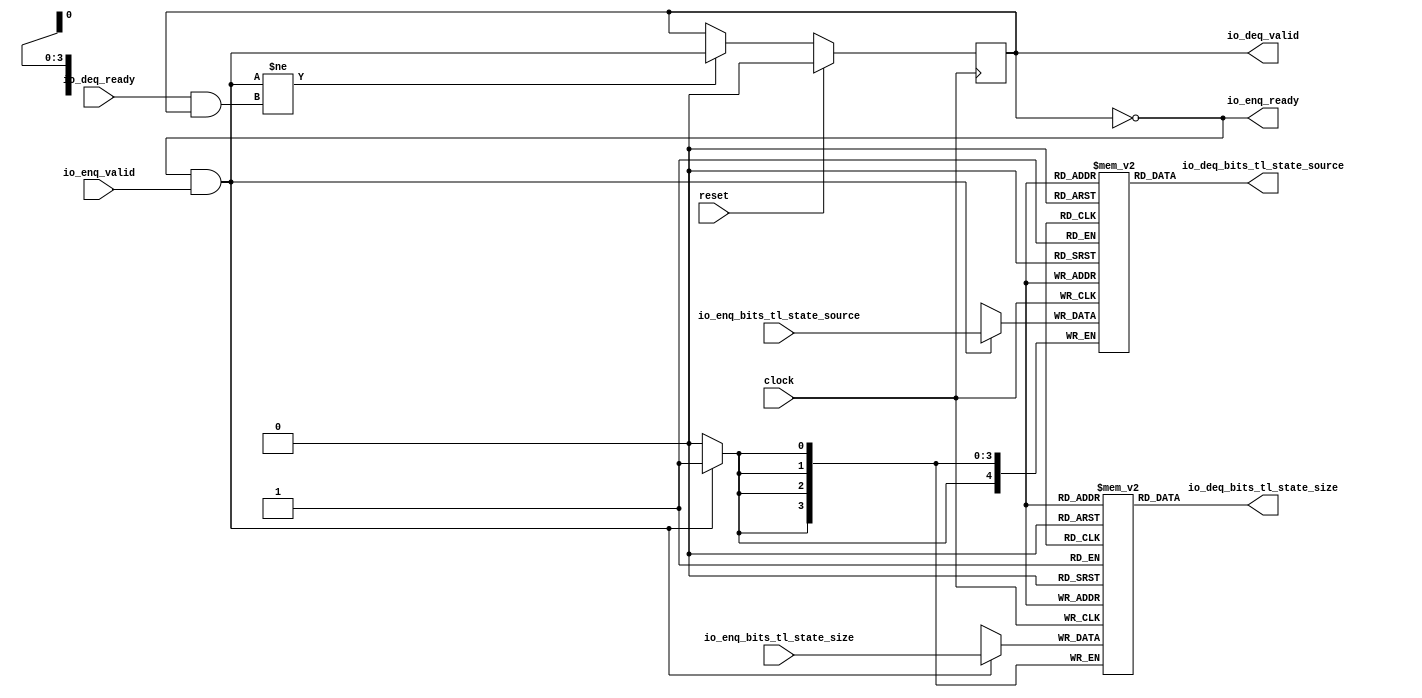
module QueueCompatibility(
  input        clock,
  input        reset,
  output       io_enq_ready,
  input        io_enq_valid,
  input  [3:0] io_enq_bits_tl_state_size,
  input  [4:0] io_enq_bits_tl_state_source,
  input        io_deq_ready,
  output       io_deq_valid,
  output [3:0] io_deq_bits_tl_state_size,
  output [4:0] io_deq_bits_tl_state_source
);
`ifdef RANDOMIZE_MEM_INIT
  reg [31:0] _RAND_0;
  reg [31:0] _RAND_1;
`endif // RANDOMIZE_MEM_INIT
`ifdef RANDOMIZE_REG_INIT
  reg [31:0] _RAND_2;
`endif // RANDOMIZE_REG_INIT
  reg [3:0] ram_tl_state_size [0:0]; // @[Decoupled.scala 259:95]
  wire  ram_tl_state_size_io_deq_bits_MPORT_en; // @[Decoupled.scala 259:95]
  wire  ram_tl_state_size_io_deq_bits_MPORT_addr; // @[Decoupled.scala 259:95]
  wire [3:0] ram_tl_state_size_io_deq_bits_MPORT_data; // @[Decoupled.scala 259:95]
  wire [3:0] ram_tl_state_size_MPORT_data; // @[Decoupled.scala 259:95]
  wire  ram_tl_state_size_MPORT_addr; // @[Decoupled.scala 259:95]
  wire  ram_tl_state_size_MPORT_mask; // @[Decoupled.scala 259:95]
  wire  ram_tl_state_size_MPORT_en; // @[Decoupled.scala 259:95]
  reg [4:0] ram_tl_state_source [0:0]; // @[Decoupled.scala 259:95]
  wire  ram_tl_state_source_io_deq_bits_MPORT_en; // @[Decoupled.scala 259:95]
  wire  ram_tl_state_source_io_deq_bits_MPORT_addr; // @[Decoupled.scala 259:95]
  wire [4:0] ram_tl_state_source_io_deq_bits_MPORT_data; // @[Decoupled.scala 259:95]
  wire [4:0] ram_tl_state_source_MPORT_data; // @[Decoupled.scala 259:95]
  wire  ram_tl_state_source_MPORT_addr; // @[Decoupled.scala 259:95]
  wire  ram_tl_state_source_MPORT_mask; // @[Decoupled.scala 259:95]
  wire  ram_tl_state_source_MPORT_en; // @[Decoupled.scala 259:95]
  reg  maybe_full; // @[Decoupled.scala 262:27]
  wire  empty = ~maybe_full; // @[Decoupled.scala 264:28]
  wire  do_enq = io_enq_ready & io_enq_valid; // @[Decoupled.scala 50:35]
  wire  do_deq = io_deq_ready & io_deq_valid; // @[Decoupled.scala 50:35]
  assign ram_tl_state_size_io_deq_bits_MPORT_en = 1'h1;
  assign ram_tl_state_size_io_deq_bits_MPORT_addr = 1'h0;
  assign ram_tl_state_size_io_deq_bits_MPORT_data = ram_tl_state_size[ram_tl_state_size_io_deq_bits_MPORT_addr]; // @[Decoupled.scala 259:95]
  assign ram_tl_state_size_MPORT_data = io_enq_bits_tl_state_size;
  assign ram_tl_state_size_MPORT_addr = 1'h0;
  assign ram_tl_state_size_MPORT_mask = 1'h1;
  assign ram_tl_state_size_MPORT_en = io_enq_ready & io_enq_valid;
  assign ram_tl_state_source_io_deq_bits_MPORT_en = 1'h1;
  assign ram_tl_state_source_io_deq_bits_MPORT_addr = 1'h0;
  assign ram_tl_state_source_io_deq_bits_MPORT_data = ram_tl_state_source[ram_tl_state_source_io_deq_bits_MPORT_addr]; // @[Decoupled.scala 259:95]
  assign ram_tl_state_source_MPORT_data = io_enq_bits_tl_state_source;
  assign ram_tl_state_source_MPORT_addr = 1'h0;
  assign ram_tl_state_source_MPORT_mask = 1'h1;
  assign ram_tl_state_source_MPORT_en = io_enq_ready & io_enq_valid;
  assign io_enq_ready = ~maybe_full; // @[Decoupled.scala 289:19]
  assign io_deq_valid = ~empty; // @[Decoupled.scala 288:19]
  assign io_deq_bits_tl_state_size = ram_tl_state_size_io_deq_bits_MPORT_data; // @[Decoupled.scala 296:17]
  assign io_deq_bits_tl_state_source = ram_tl_state_source_io_deq_bits_MPORT_data; // @[Decoupled.scala 296:17]
  always @(posedge clock) begin
    if (ram_tl_state_size_MPORT_en & ram_tl_state_size_MPORT_mask) begin
      ram_tl_state_size[ram_tl_state_size_MPORT_addr] <= ram_tl_state_size_MPORT_data; // @[Decoupled.scala 259:95]
    end
    if (ram_tl_state_source_MPORT_en & ram_tl_state_source_MPORT_mask) begin
      ram_tl_state_source[ram_tl_state_source_MPORT_addr] <= ram_tl_state_source_MPORT_data; // @[Decoupled.scala 259:95]
    end
    if (reset) begin // @[Decoupled.scala 262:27]
      maybe_full <= 1'h0; // @[Decoupled.scala 262:27]
    end else if (do_enq != do_deq) begin // @[Decoupled.scala 279:27]
      maybe_full <= do_enq; // @[Decoupled.scala 280:16]
    end
  end
// Register and memory initialization
`ifdef RANDOMIZE_GARBAGE_ASSIGN
`define RANDOMIZE
`endif
`ifdef RANDOMIZE_INVALID_ASSIGN
`define RANDOMIZE
`endif
`ifdef RANDOMIZE_REG_INIT
`define RANDOMIZE
`endif
`ifdef RANDOMIZE_MEM_INIT
`define RANDOMIZE
`endif
`ifndef RANDOM
`define RANDOM $random
`endif
`ifdef RANDOMIZE_MEM_INIT
  integer initvar;
`endif
`ifndef SYNTHESIS
`ifdef FIRRTL_BEFORE_INITIAL
`FIRRTL_BEFORE_INITIAL
`endif
initial begin
  `ifdef RANDOMIZE
    `ifdef INIT_RANDOM
      `INIT_RANDOM
    `endif
    `ifndef VERILATOR
      `ifdef RANDOMIZE_DELAY
        #`RANDOMIZE_DELAY begin end
      `else
        #0.002 begin end
      `endif
    `endif
`ifdef RANDOMIZE_MEM_INIT
  _RAND_0 = {1{`RANDOM}};
  for (initvar = 0; initvar < 1; initvar = initvar+1)
    ram_tl_state_size[initvar] = _RAND_0[3:0];
  _RAND_1 = {1{`RANDOM}};
  for (initvar = 0; initvar < 1; initvar = initvar+1)
    ram_tl_state_source[initvar] = _RAND_1[4:0];
`endif // RANDOMIZE_MEM_INIT
`ifdef RANDOMIZE_REG_INIT
  _RAND_2 = {1{`RANDOM}};
  maybe_full = _RAND_2[0:0];
`endif // RANDOMIZE_REG_INIT
  `endif // RANDOMIZE
end // initial
`ifdef FIRRTL_AFTER_INITIAL
`FIRRTL_AFTER_INITIAL
`endif
`endif // SYNTHESIS
endmodule